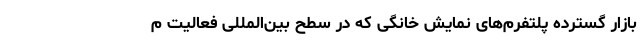
بازار گسترده پلتفرم‌های نمایش خانگی که در سطح بین‌المللی فعالیت م